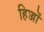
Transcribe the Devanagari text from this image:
हिज्जों